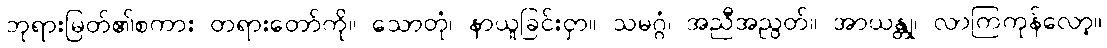
ဘုရားမြတ်၏စကား တရားတော်ကို။ သောတုံ၊ နာယူခြင်းငှာ။ သမဂ္ဂံ၊ အညီအညွတ်။ အာယန္တု၊ လာကြကုန်လော့။